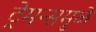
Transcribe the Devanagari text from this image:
ट्रेमन्समुळे